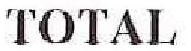
TOTAL